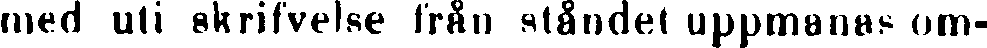
med uti skrifwelse från ståndet uppmanas om-